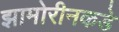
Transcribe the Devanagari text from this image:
झामोरीनकडे